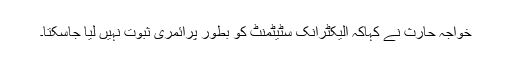
خواجہ حارث نے کہاکہ الیکٹرانک سٹیٹمنٹ کو بطور پرائمری ثبوت نہیں لیا جاسکتا۔